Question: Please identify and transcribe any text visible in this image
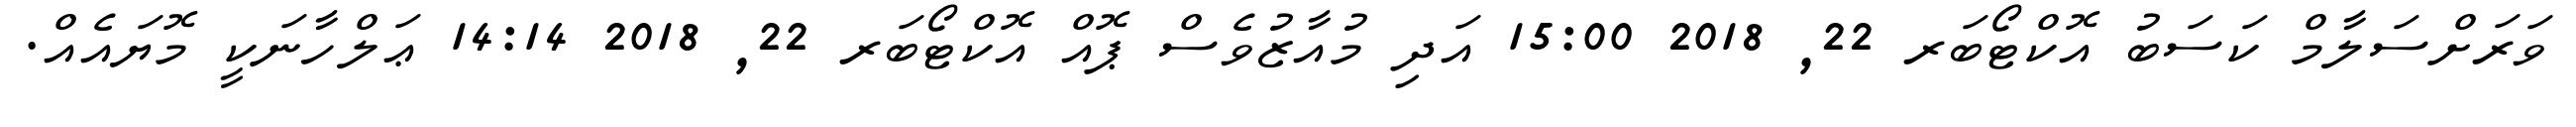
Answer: ވަރަށްސަލާމް ކަސަބު އޮކްޓޯބަރ 22, 2018 15:00 އަދި މުއާޒުވެސް ޕޮއް އޮކްޓޯބަރ 22, 2018 14:14 ޢަލްހާނަކީ މޮޔައެއް.